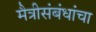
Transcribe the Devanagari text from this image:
मैत्रीसंबंधांचा